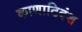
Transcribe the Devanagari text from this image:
काणाटिवंश